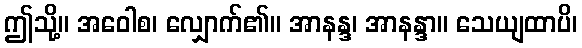
ဤသို့။ အဝေါစ၊ လျှောက်၏။ အာနန္ဒ၊ အာနန္ဒာ။ သေယျထာပိ၊